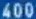
400